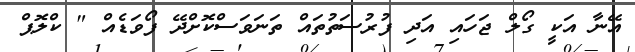
އޭނާ އަކީ ގޯލް ޖަހައި އަދި ފުރުސަތުތައް ތަނަވަސްކޮށްދޭ ފޯވަޑެއް " ކްލޮޕް